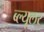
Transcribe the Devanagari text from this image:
ब्ल्यूलर